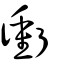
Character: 𧘂